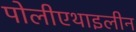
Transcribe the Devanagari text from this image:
पोलीएथाइलीन